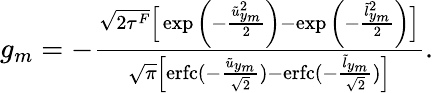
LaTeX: \begin{array}{r}{g_{m}=-\frac{\sqrt{2\tau^{F}}\Big[\exp{\left(-\frac{\tilde{u}_{y_{m}}^{2}}{2}\right)}-\exp{\left(-\frac{\tilde{l}_{y_{m}}^{2}}{2}\right)}\Big]}{\sqrt{\pi}\Big[\mathrm{erfc}(-\frac{\tilde{u}_{y_{m}}}{\sqrt{2}})-\mathrm{erfc}(-\frac{\tilde{l}_{y_{m}}}{\sqrt{2}})\Big]}.}\end{array}